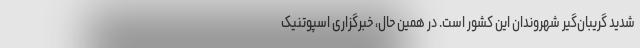
شدید گریبان‌گیر شهروندان این کشور است. در همین حال، خبرگزاری اسپوتنیک